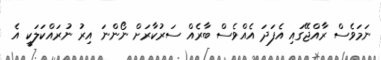
ނަމަވެސް ރާއްޖޭގައި އެފަދަ އެއްވެސް ބާރެއް ސަރުކާރަށް ނޯންނަ އިރު ނުރައްކަލަކީ އެ